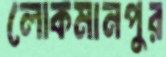
লোকমানপুর